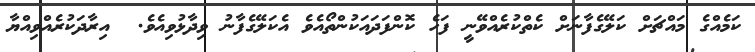
ކަމެއްގެ މައްޗަށް ކަލޭގެފާނަށް ކެތްކުރެއްވޭނީ ފަހެ ކޮންފަދައަކުންތޯއެވެ އެކަލޭގެފާނު ވިދާޅުވިއެވެ.  އިރާދަކުރެއްވިއްޔާ